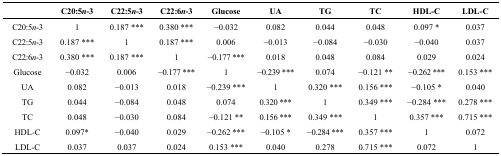
|  | C20:5n-3 | C22:5n-3 | C22:6n-3 | Glucose | UA | TG | TC | HDL-C | LDL-C |
 | --- | --- | --- | --- | --- | --- | --- | --- | --- | --- |
 | C20:5n-3 | 1 | 0.187 *** | 0.380 *** | −0.032 | 0.082 | 0.044 | 0.048 | 0.097 * | 0.037 |
 | C22:5n-3 | 0.187 *** | 1 | 0.187 *** | 0.006 | −0.013 | −0.084 | −0.030 | −0.040 | 0.037 |
 | C22:6n-3 | 0.380 *** | 0.187 *** | 1 | −0.177 *** | 0.018 | 0.048 | 0.084 | 0.029 | 0.024 |
 | Glucose | −0.032 | 0.006 | −0.177 *** | 1 | −0.239 *** | 0.074 | −0.121 ** | −0.262 *** | 0.153 *** |
 | UA | 0.082 | −0.013 | 0.018 | −0.239 *** | 1 | 0.320 *** | 0.156 *** | −0.105 * | 0.040 |
 | TG | 0.044 | −0.084 | 0.048 | 0.074 | 0.320 *** | 1 | 0.349 *** | −0.284 *** | 0.278 *** |
 | TC | 0.048 | −0.030 | 0.084 | −0.121 ** | 0.156 *** | 0.349 *** | 1 | 0.357 *** | 0.715 *** |
 | HDL-C | 0.097* | −0.040 | 0.029 | −0.262 *** | −0.105 * | −0.284 *** | 0.357 *** | 1 | 0.072 |
 | LDL-C | 0.037 | 0.037 | 0.024 | 0.153 *** | 0.040 | 0.278 | 0.715 *** | 0.072 | 1 |